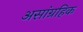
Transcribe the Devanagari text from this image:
असांग्रहिक